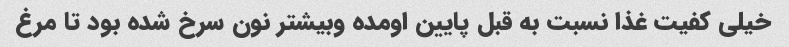
خیلی کفیت غذا نسبت به قبل پایین اومده وبیشتر نون سرخ شده بود تا مرغ